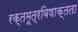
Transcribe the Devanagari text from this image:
रक्तमूत्रविषाक्तता